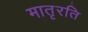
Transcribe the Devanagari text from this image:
मातृरति